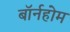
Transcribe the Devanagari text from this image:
बॉर्नहोम